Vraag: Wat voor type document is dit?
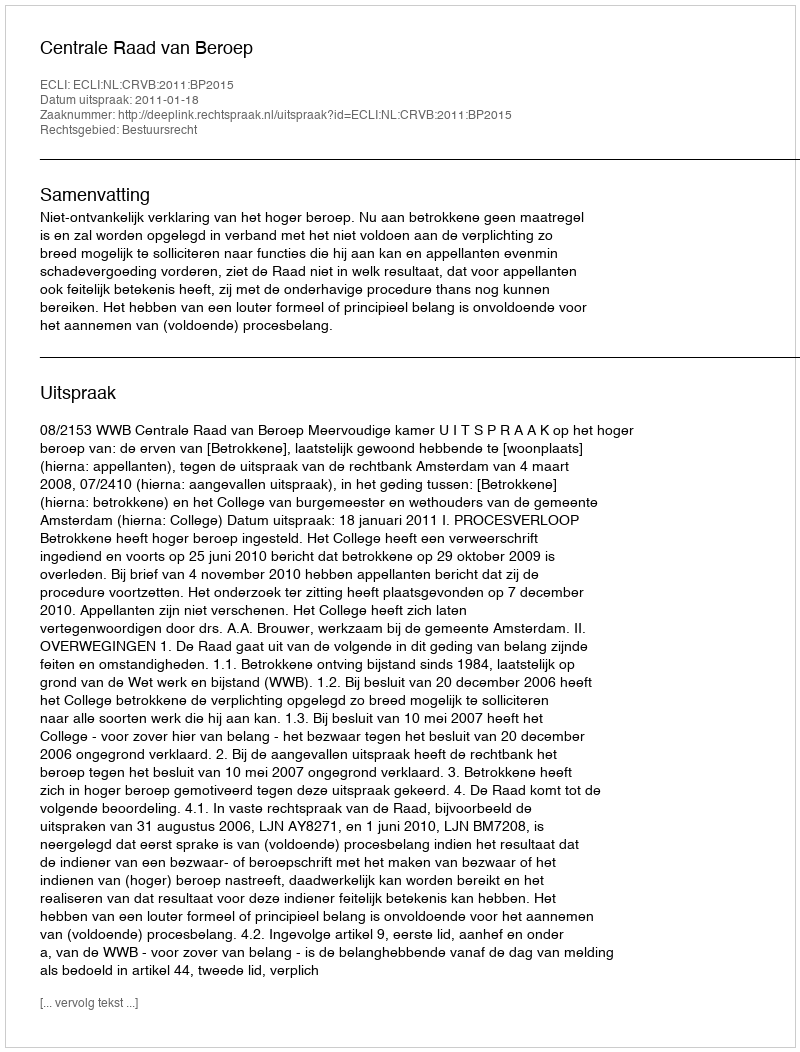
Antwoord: Uitspraak